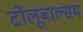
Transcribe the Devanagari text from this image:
टोलूबाल्सम